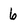
Character: 6